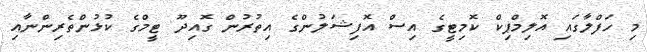
މި ހަފްލާގައި އޮލިމްޕިކް ކޮމިޓީގެ އިސް އޮފިޝަލުންގެ އިތުރުން ގޮއިދޫ ޓީމްގެ ކުޅުންތެރިންނާއި